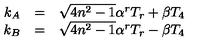
\begin{array} { r c l } { k _ { A } } & { = } & { \sqrt { 4 n ^ { 2 } - 1 } \alpha ^ { r } T _ { r } + \beta T _ { 4 } } \\ { k _ { B } } & { = } & { \sqrt { 4 n ^ { 2 } - 1 } \alpha ^ { r } T _ { r } - \beta T _ { 4 } } \\ \end{array}